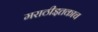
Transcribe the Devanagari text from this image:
मराठीइतकाच